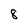
Character: 8